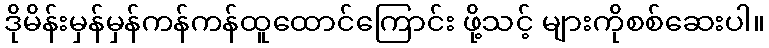
ဒိုမိန်းမှန်မှန်ကန်ကန်ထူထောင်ကြောင်း ဖို့သင့် များကိုစစ်ဆေးပါ။